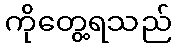
ကိုတွေ့ရသည်